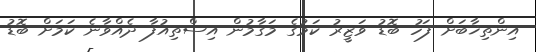
އިންތިޚާބަށް ފަހު ބޮޑު ވަޒީރު ކަމުގެ މަގާމުން އިސްތިއުފާ ދެއްވާނެ ކަމަށް ބޮޑު